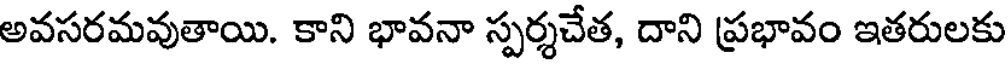
అవసరమవుతాయి. కాని భావనా స్పర్శచేత, దాని ప్రభావం ఇతరులకు